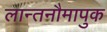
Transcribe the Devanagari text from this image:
लान्तनौमापुक